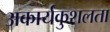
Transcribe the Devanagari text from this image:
अकार्यकुशलता